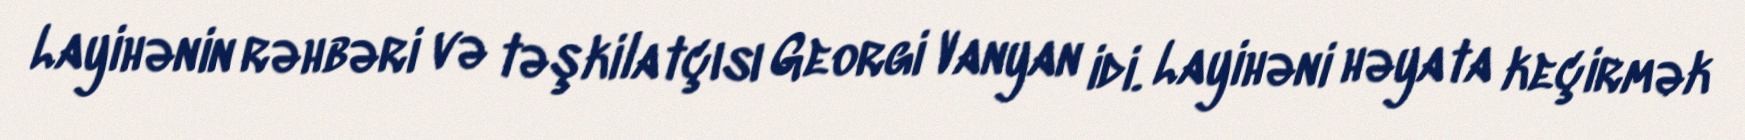
Layihənin rəhbəri və təşkilatçısı Georgi Vanyan idi. Layihəni həyata keçirmək